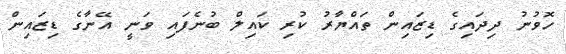
ހޮވުނު ދިދައިގެ ޑިޒައިން ތައްޔާރު ކުރި ކައިލް ބުނެފައި ވަނީ އޭނާގެ ޑިޒައިން